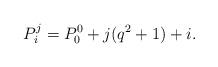
LaTeX: \begin{align*}P_i^j=P_0^0+j(q^2+1)+i.\end{align*}